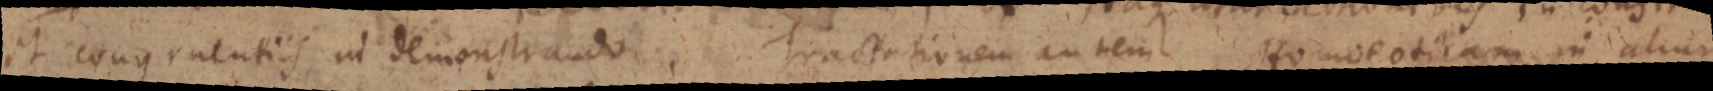
et congruentiis ad demonstrando Tractationem autem Homo eotiam in alium